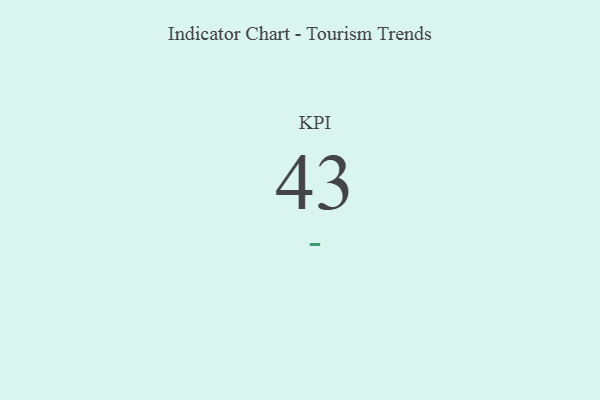
{"axis": {"x": "KPI", "y": "Value"}, "legend": [""], "data": [{"x": "KPI", "y": 43, "type": ""}]}